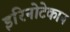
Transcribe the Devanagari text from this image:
इरिनोटेकान